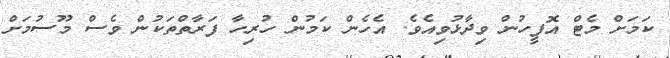
ކަމަށް މެޓް އޮފީހުން ވިދާޅުވިއެވެ. އެހެން ކަމުން ހުރިހާ ފަރާތްތަކުން ވެސް މޫސުމަށް